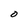
Character: O